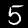
Label: 5